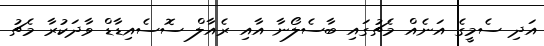
އަދި ސެމީގެ އަނެއް މެޗުގައި ބާސެލޯނާ އާއި ރެއާލް ސޮސެއިޑާޑް ވާދަކުރާ މެޗު